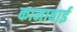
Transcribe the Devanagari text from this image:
कामाबाई